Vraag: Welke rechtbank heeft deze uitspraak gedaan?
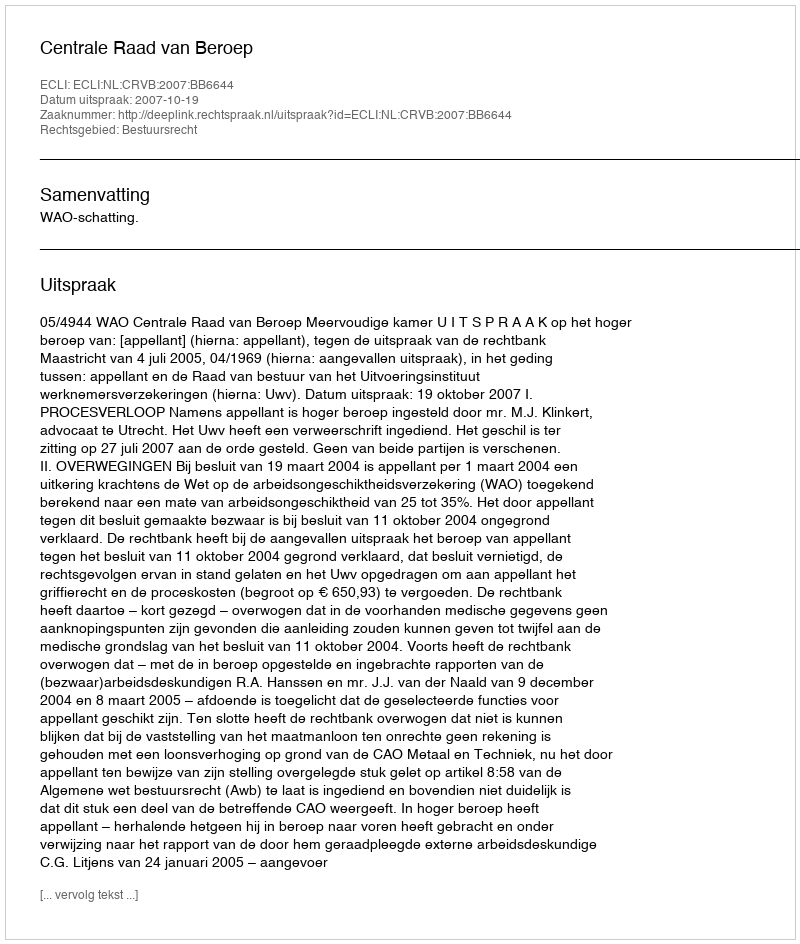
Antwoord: Centrale Raad van Beroep